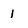
Character: 1